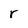
Character: r